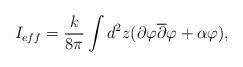
LaTeX: \begin{align*}I_{eff}=\frac {k}{8\pi }\int d^2z(\partial \varphi \overline{\partial} \varphi +\alpha \varphi),\end{align*}